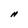
Character: N